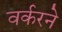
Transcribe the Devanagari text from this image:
वर्करने